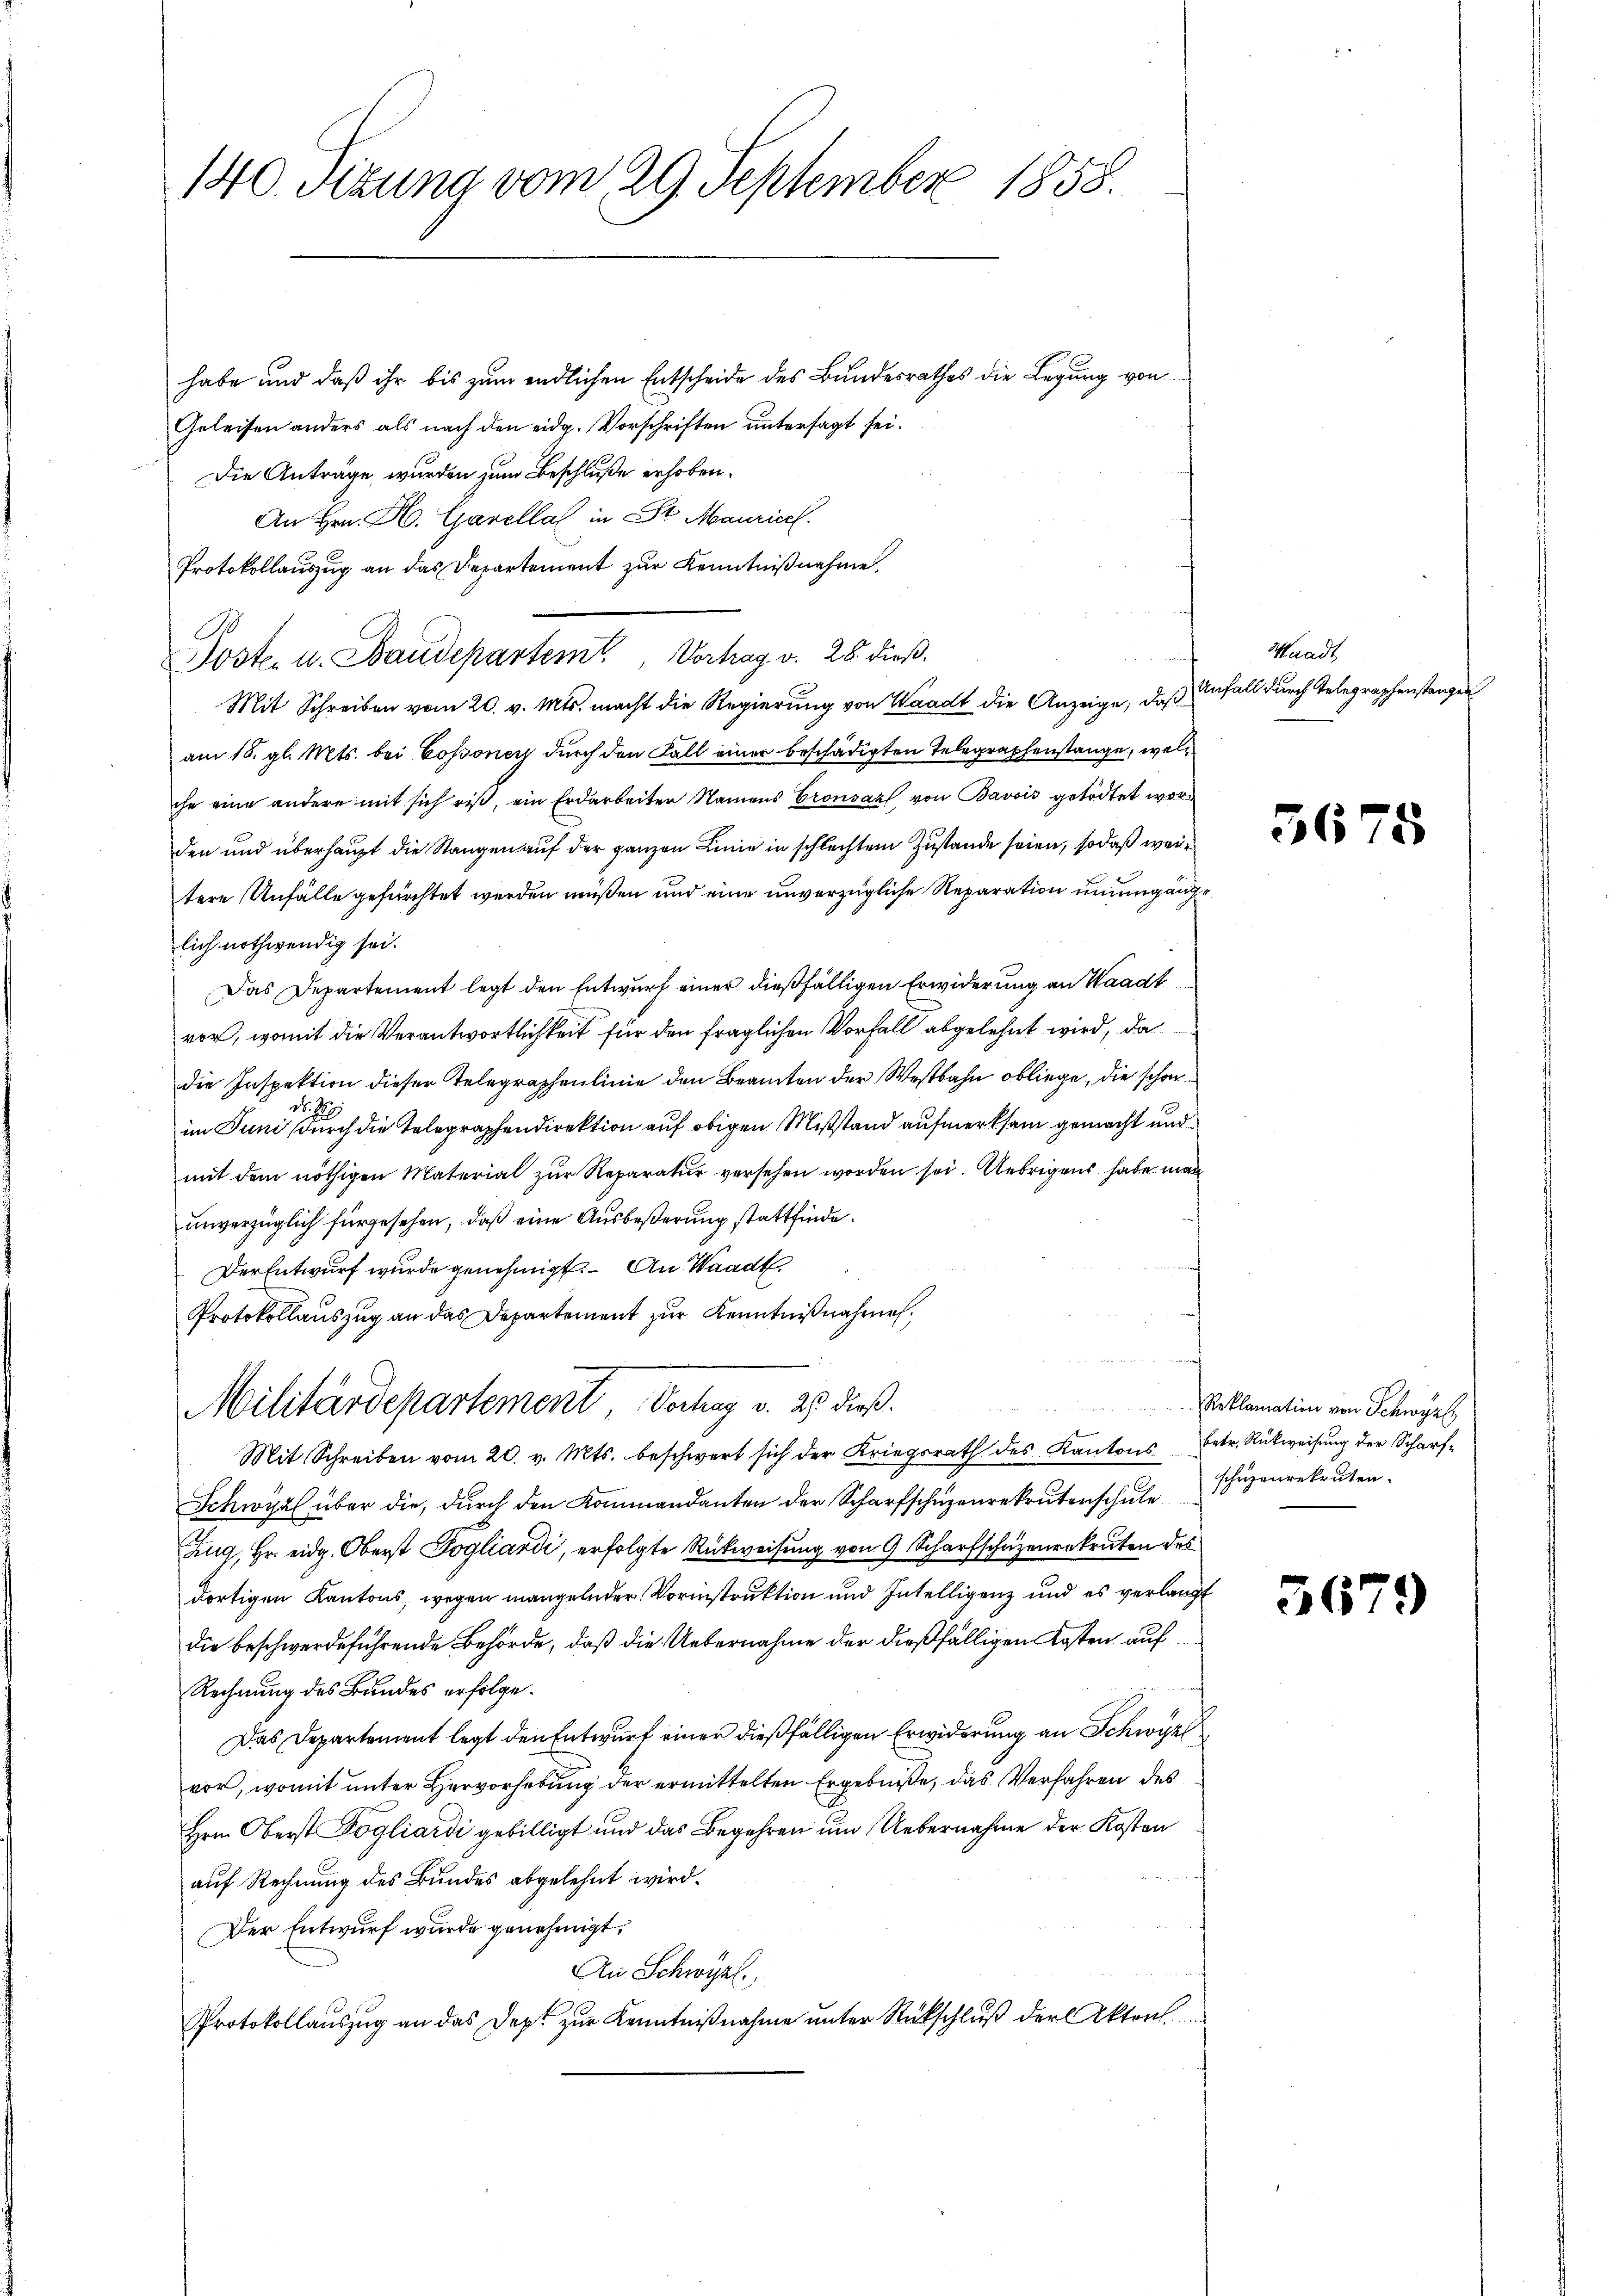
140. Sizung vom 29. September 1858.

habe und daß ihr bis zum endlichen Entscheide des Bundesrathes die Legung von
Geleisen anders als nach den eidg. Vorschriften untersagt sei.
Die Anträge, wurden zum Beschluße erhoben.
An Hrn. H. Garellat in St. Maurice.
Protokollauszug an das Departement zur Kenntnißnahme.
B
Sosten u. Baudepartem Vortrag v. 28. dieß.
Mit Schreiben vom 20. v. Mts. macht die Regierung von Waadt die Anzeige, daß Anfall durch Telegraphenstangen
am 18. gl. Mts. bei Cossonen durch den Fall einer beschädigten Telegraphenstange, welche eine andere mit sich rist, ein Erdarbeiter Namens Crousaz von Bavois getödtet worden und überhaupt die Stangen auf der ganzen Linie in schlechtem Zustande seien, so daß weitere Unfälle gefürchtet werden müßen und eine unverzügliche Reparation unumgänge
lich nothwendig sei.
Das Departement legt den Entwurf einer dießfälligen Erwiderung an Waadt
vor, womit die Verantwortlichkeit für den fraglichen Vorfall abgelehnt wird, da
die Inspektion dieser Telegraphenlinie den Beamten der Westbahn obliege, die schon
28.
im Juni durch die Telegraphendirektion auf obigen Mißstand aufmerksam gemacht und
mit dem nöthigen Material zur Reparatur versehen worden sei. Uebrigens habe man
unverzüglich für gesehen, daß eine Ausbeßerung stattfinde.
Der Entwurf wurde genehmigt. An Waadt.
Protokollauszug an das Departement zur Kenntnißnahmeer,

a

Militärdepartement, Verhag v. 25 dieß.
Kommenen
Mit Schreiben vom 20. v. Mts. beschwert sich der Kriegsrath des Kantons betr. Rückweisung der Scharf-
Schwyz über die, durch den Kommandanten der Scharfschuzenrekrutenschule
Zug, Hr. eidg. Oberst Fogliardi, erfolgte Rückweisung von 9 Scharfschazenrekruten des
dortigen Kantons, wegen mangelnder Vorinstruktion und Intelligenz und es verlangt
die beschwerdeführende Behörde, daß die Uebernahme der dießfälligen Kosten auf
Rechnung des Bundes erfolge.
Das Departement legt den Entwurf einer dießfälligen Erwiderung an Schwyz
vor, womit unter Hervorhebung der ermittelten Ergebniße, das Verfahren des
Hrn. Oberst Pogliardi gebilligt und das Begehren um Uebernahme der Kosten
auf Rechnung des Bundes abgelehnt wird.
Der Entwurf wurde genehmigt.
An Schwyzl.
Protokollauszug an das Dept zur Kenntnißnahme unter Rückschluß der Akten.

Waadt

5678

Reklamation von Schwyz,
schüzenrekruten.

5679